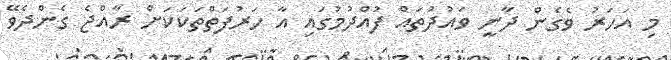
މި އަހަރު ވެގެން ދާނީ ވައުދުތައް ފުއްދުމުގައި އާ ހަރުފަތްތަކަކަށް ރާއްޖެ ގެންދެވޭ